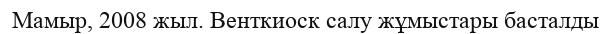
Мамыр, 2008 жыл. Венткиоск салу жұмыстары басталды